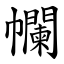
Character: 幱